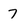
Character: 7